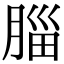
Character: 䐉